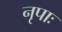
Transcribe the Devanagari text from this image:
नृपाः